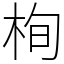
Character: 栒